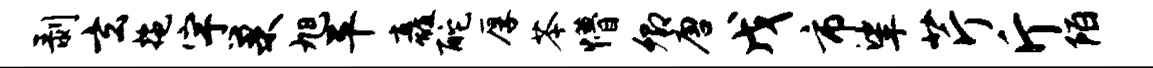
剥玄拖宇巢旭平矗酡厚苓懵卿唐戊市挲芹斤陌